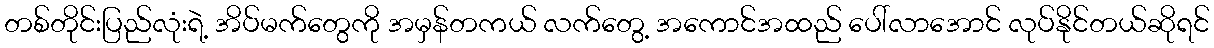
တစ်တိုင်းပြည်လုံးရဲ့ အိပ်မက်တွေကို အမှန်တကယ် လက်တွေ့ အကောင်အထည် ပေါ်လာအောင် လုပ်နိုင်တယ်ဆိုရင်